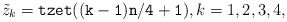
\begin{align*}\tilde z_k={\tt tzet((k-1)n/4+1)}, k=1,2,3,4,\end{align*}